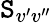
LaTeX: \mathtt{S}_{v^{\prime}v^{\prime\prime}}